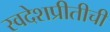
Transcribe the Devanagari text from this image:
स्वदेशप्रीतीची